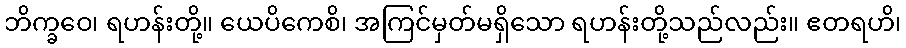
ဘိက္ခဝေ၊ ရဟန်းတို့။ ယေပိကေစိ၊ အကြင်မှတ်မရှိသော ရဟန်းတို့သည်လည်း။ ဧတရဟိ၊